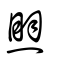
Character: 煛